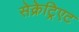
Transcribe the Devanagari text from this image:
सेक्रेट्रिएट